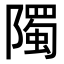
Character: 𮥦